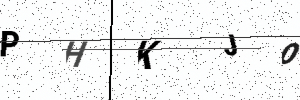
Text: PHKJO